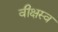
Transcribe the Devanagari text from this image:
वीक्षस्व